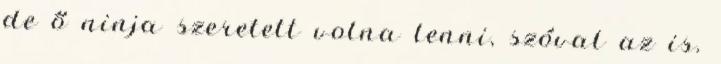
de ő ninja szeretett volna lenni, szóval az is.